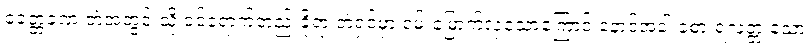
ခေတ္တခဏ တဲအတွင်းသို့ ဝင်ရောက်တည်းခိုရာ တဲရှင်မှာ ဝမ်းမြောက်လှသောကြောင့် နောင်အခါ ခံစားရလတ္တံ့သော